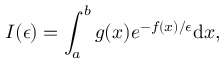
I ( \epsilon ) = \int _ { a } ^ { b } g ( x ) e ^ { - f ( x ) / \epsilon } \mathrm { d } x ,